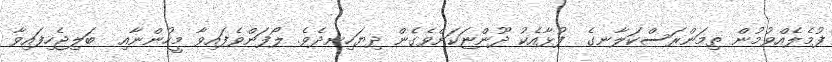
ފުމެލެއްވުމުން ތިމަންރަސްކަލާނގެ  ފުޅާއެކު ދޫންޏަކަށްވެގެން ދިޔަހިނދެވެ. ލޯފަންވެފައިވާ މީހުންނާއި  ބަލިޖެހިފައިވާ